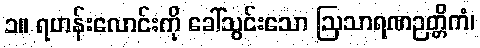
၁။ ရဟန်းလောင်းကို ခေါ်သွင်းသော ဩသာရဏဉတ္တိကံ၊